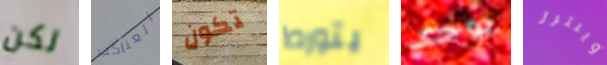
لكن العناكب تكون يتورط يوجد وينترز